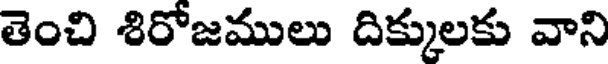
తెంచి శిరోజములు దిక్కులకు వాని